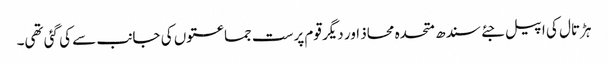
ہڑتال کی اپیل جئے سندھ متحدہ محاذ اور دیگر قوم پرست جماعتوں کی جانب سے کی گئی تھی۔